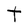
Character: t